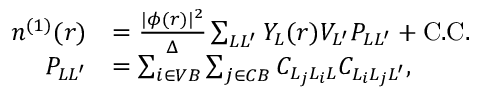
\begin{array} { r l } { n ^ { ( 1 ) } ( r ) } & { = \frac { | \phi ( r ) | ^ { 2 } } { \Delta } \sum _ { L L ^ { \prime } } Y _ { L } ( r ) V _ { L ^ { \prime } } P _ { L L ^ { \prime } } + \mathrm { C . C . } } \\ { P _ { L L ^ { \prime } } } & { = \sum _ { i \in V B } \sum _ { j \in C B } C _ { L _ { j } L _ { i } L } C _ { L _ { i } L _ { j } L ^ { \prime } } , } \end{array}